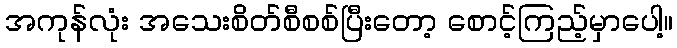
အကုန်လုံး အသေးစိတ်စီစစ်ပြီးတော့ စောင့်ကြည့်မှာပေါ့။